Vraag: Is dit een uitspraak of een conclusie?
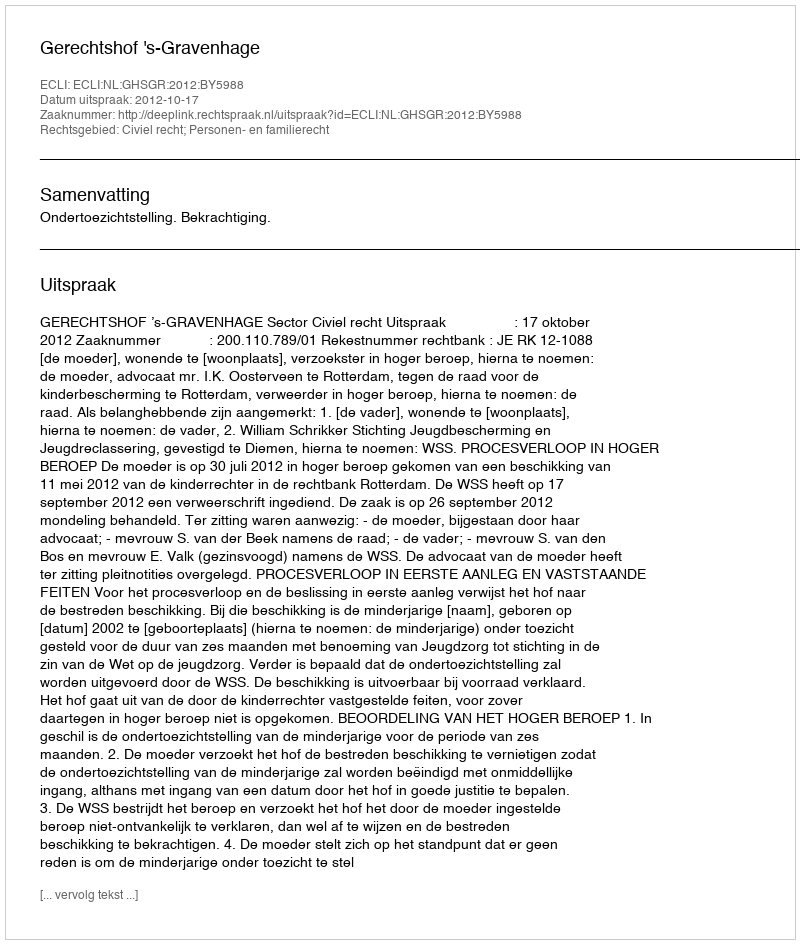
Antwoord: Uitspraak